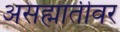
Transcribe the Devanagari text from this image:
असह्मातीवर